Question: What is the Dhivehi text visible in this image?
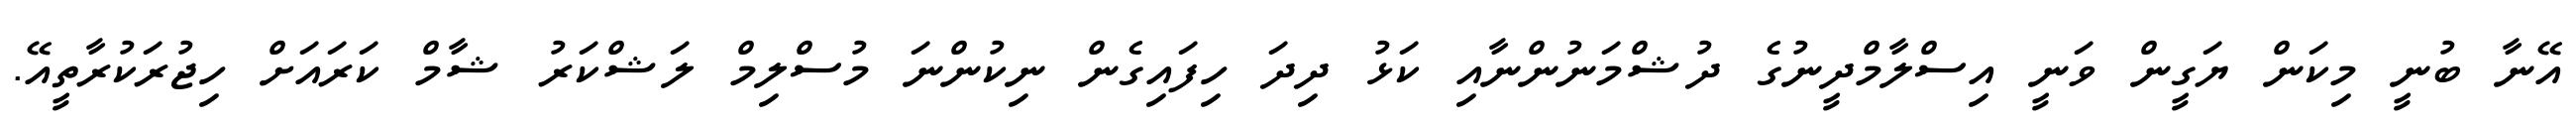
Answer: އޭނާ ބުނީ މިކަން ޔަގީން ވަނީ އިސްލާމްދީނުގެ ދުޝްމަނުންނާއި ކަޅު ދިދަ ހިފައިގެން ނިކުންނަ މުސްލިމް ލަޝްކަރު ޝާމް ކަރައަށް ހިޖުރަކުރާތީއޭ.